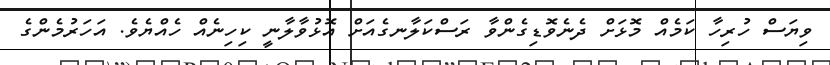
ވިޔަސް ހުރިހާ ކަމެއް މޮޅަށް ދެނެވޮޑިގެންވާ ރަސްކަލާނގެއަށް އޮޅުވާލާނީ ކިހިނެއް ހެއްޔެވެ. އަހަރުމެންގެ